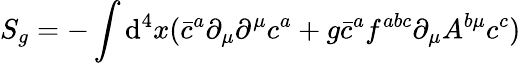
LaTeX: S_{g}=-\int\operatorname{d}\! ^{4}x({\bar{c}}^{a}\partial_{\mu}\partial^{\mu}c^{a}+g{\bar{c}}^{a}f^{abc}\partial_{\mu}A^{b\mu}c^{c})